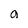
Character: a